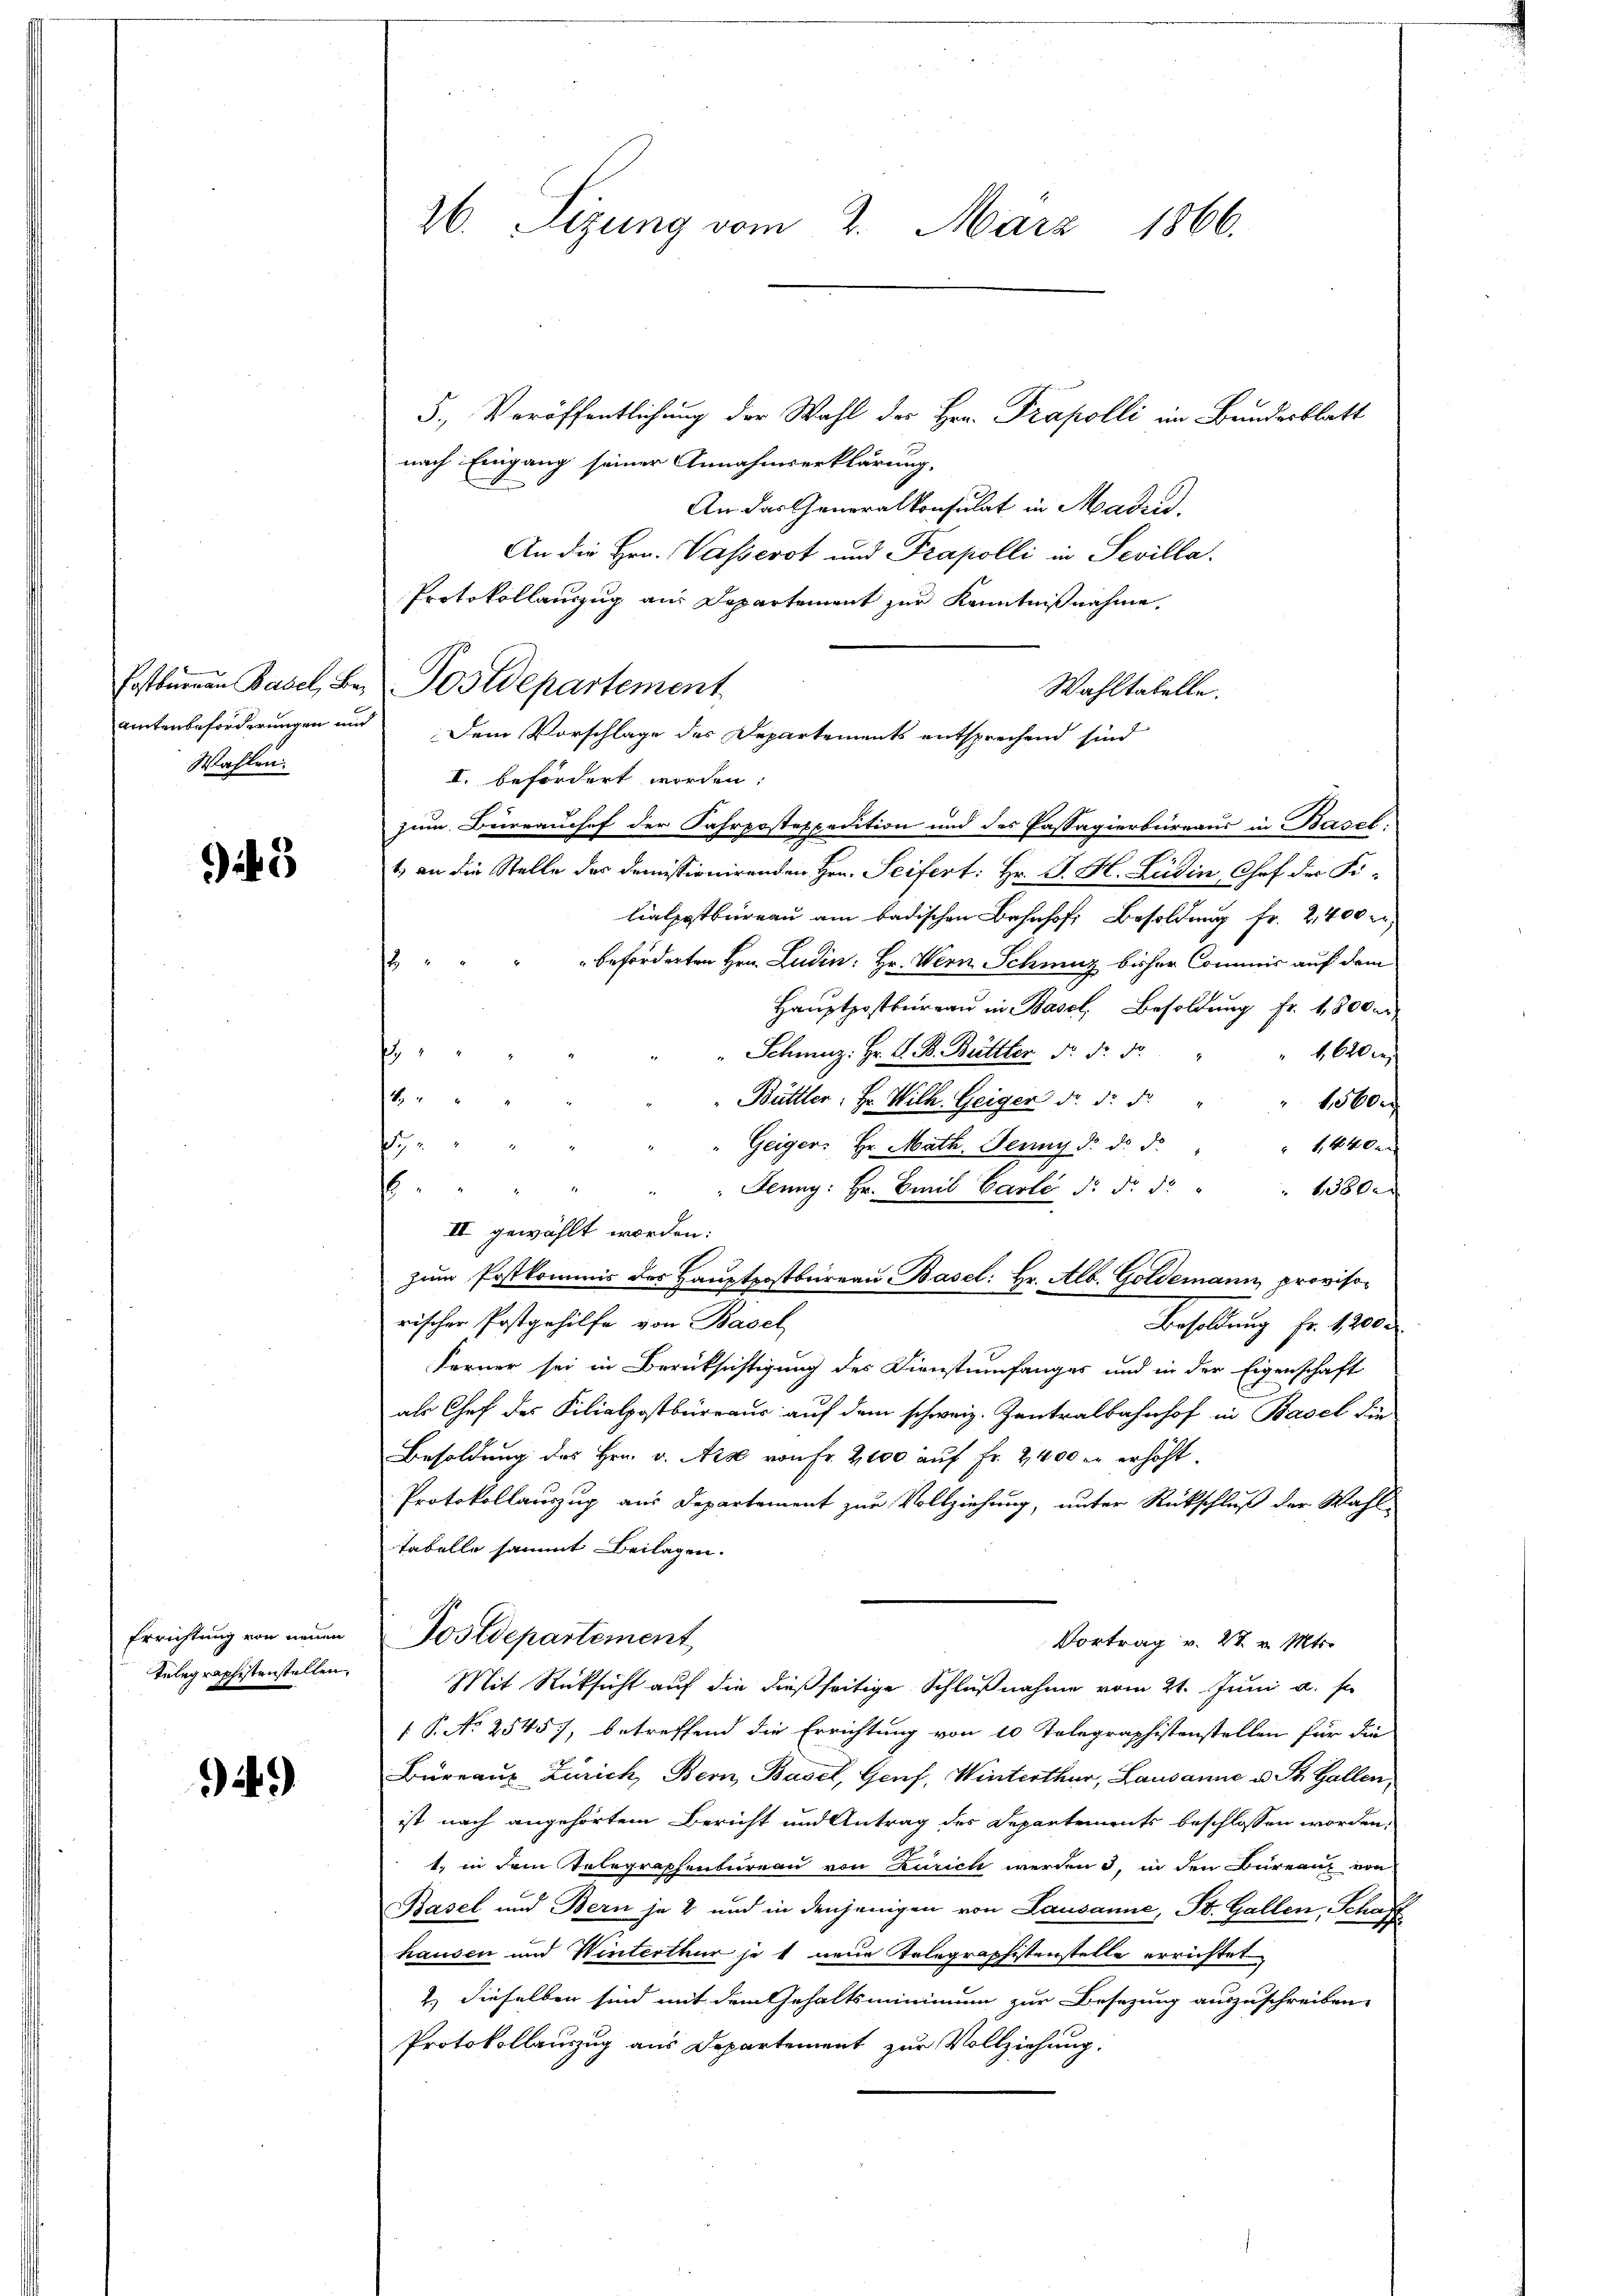
amtenbeforderungen und
Wahlen.

245

Errichtung von neuen
Telegraphistenstellen,

9)

26. Sizung vom 2. März 1866.

5., Veröffentlichung der Wahl des Hrn. Propolli im Bundesblatt
nach Eingang seiner Annahmserklärung,
An das Generalkonsulat in Madrid,
An die Hrn. Wasserot und Prapolli in Sevilla
Protokollauszug am Departement zur Kenntnißnahme.
Dem Vorschlage des Departements entsprechend sind
I. befördert worden.
zum Burrauchef der Fahrpostexpedition und des Passagierbeireaus in Basel:
1.) an die Stelle ders demissionirenden Hrn. Seifert: Hr. J. H. Lüdin, Chef der Filialpostbureau am badischen Bahnhof Besoldung fr. 2,400 r
beforderten Hrn. Ludin: Hr. Wern Schmuz bisher Commis auf dem
Hauptpostbureau in Basel, Besoldung Fr. 1,800 er
Schweiz. Hr. S. B. Brittler No. d. d.
1, 620 de
.
.
Büttler: Hr. Wilh. Geiger d. d. d. "
e
Geigers Hr. Math. Jenny d. d. d.
1,440x
f
Deung: Hr. Emil Carli d. d. d.
1380.
s.
III. gewählt worden:
zum Postkommis des Hauptpostbureau Basel: Hr. Alb. Goldemann, provisorischer Postgehilfe von Basel
Besoldung fr. 1200
Ferner sei in Berücksichtigung des Dienstumfanges und in der Eigenschaft
als Chef des Filialpostbüreaus auf dem schweiz. Zentralbahnhof in Basel die
Besoldung des Hrn. v. Aise von Fr. 2100 auf Fr. 2400 er erhöht.
Protokollauszug aus Departement zur Vollziehung, unter Rückschluß der Wahl
Tabelle sammt Beilagen.
Postdepartement,
Vortrag v. 28. v. Mts.
Mit Rücksicht auf die dießseitige Schlußnahme vom 21. Juni a. s.
1 P. No 2545), betreffend die Errichtung von 10 Telegraphistenstellen für die
Bureaus Zürich, Bern, Basel, Genf, Winterthur, Lausanne u. St. Gallen,
ist nach angehörtem Bericht und Antrag des Departements beschlossen worden,
1., in dem Telegraphenbureau von Zürich werden 3, in den Bureau von
Basel und Bern je 2 und in denjenigen von Lausanne, St. Gallen, Schaff
hausen und Winterthur je 1 neue Telegraphistenstelle errichtet,
2.) dieselben sind mit dem Gehaltsminimum zur Besezung auszuschreiben,
Protokollauszug aus Departement zur Vollziehung.

Postbürgen Basel, Bei Postdepartement

Wahltabelle.